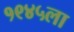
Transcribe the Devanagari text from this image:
१९४५ला